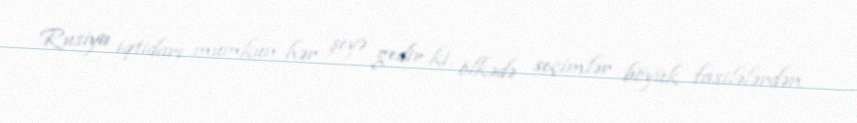
Rusiya iqtidarı mümkün hər şeyə gedir ki, ölkədə seçimlər böyük fasilələrdən